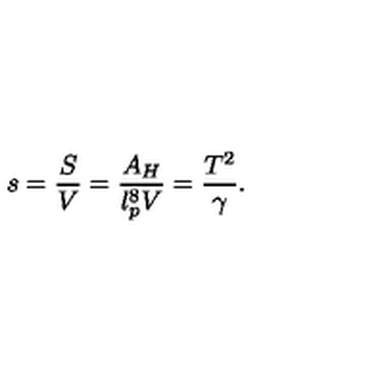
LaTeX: s = { \frac { S } { V } } = { \frac { A _ { H } } { l _ { p } ^ { 8 } V } } = { \frac { T ^ { 2 } } { \gamma } } .